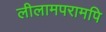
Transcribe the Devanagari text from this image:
लीलामपरामपि